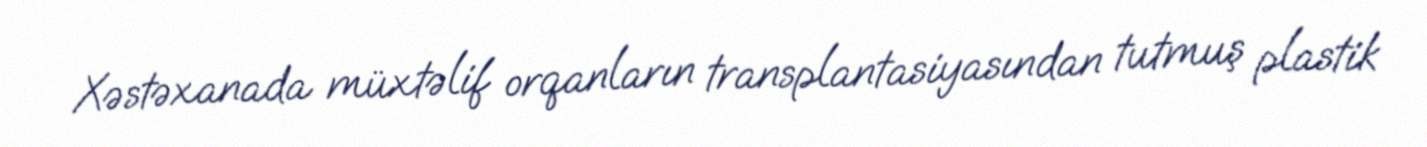
Xəstəxanada müxtəlif orqanların transplantasiyasından tutmuş plastik